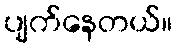
ပျက်နေတယ်။